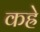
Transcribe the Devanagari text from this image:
कह्रे